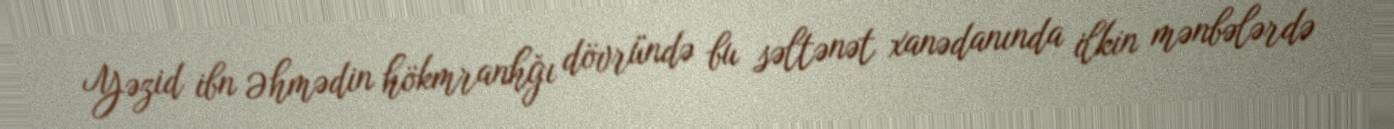
Yəzid ibn Əhmədin hökmranhğı dövründə bu səltənət xanədanında ilkin mənbələrdə